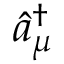
\hat { a } _ { \mu } ^ { \dagger }